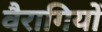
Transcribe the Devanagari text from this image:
वैरागियों